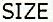
SIZE